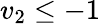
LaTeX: v_{2}\leq-1